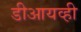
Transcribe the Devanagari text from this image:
डीआयव्ही